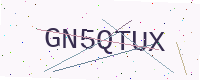
Text: GN5QTUX